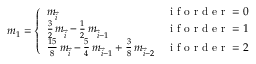
\begin{array} { r } { \boldsymbol { m } _ { 1 } = \left\{ \begin{array} { l l } { \boldsymbol { m } _ { \vec { i } } } & { \mathrm { ~ i ~ f ~ o ~ r ~ d ~ e ~ r ~ } = 0 } \\ { \frac { 3 } { 2 } \, \boldsymbol { m } _ { \vec { i } } - \frac { 1 } { 2 } \, \boldsymbol { m } _ { \vec { i } - 1 } } & { \mathrm { ~ i ~ f ~ o ~ r ~ d ~ e ~ r ~ } = 1 } \\ { \frac { 1 5 } { 8 } \, \boldsymbol { m } _ { \vec { i } } - \frac { 5 } { 4 } \, \boldsymbol { m } _ { \vec { i } - 1 } + \frac { 3 } { 8 } \, \boldsymbol { m } _ { \vec { i } - 2 } } & { \mathrm { ~ i ~ f ~ o ~ r ~ d ~ e ~ r ~ } = 2 } \end{array} \right. } \end{array}